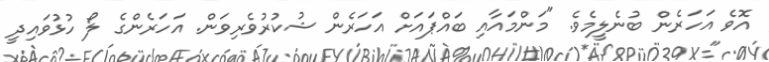
އޮވެ އަހަރެން ބުނެލީމެވެ. "މަންމައާއި ބައްޕައަށް އަހަރެން ޝުކުރުވެރިވަން. އަހަރެންގެ ލޯ ހުޅުވައިދީ